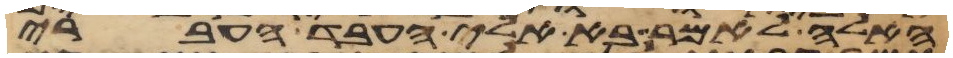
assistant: האלה לאמר בא אלי העבד העברי